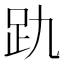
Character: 𮛂